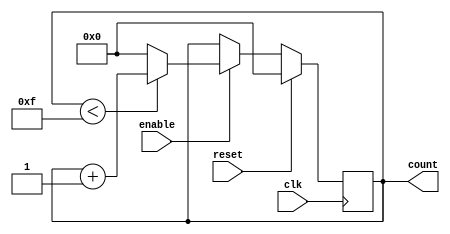
module binary_counter #(
    parameter N = 4  // Number of bits for the counter
)(
    input wire clk,          // Clock signal
    input wire reset,        // Active-high reset signal
    input wire enable,       // Enable signal for counting
    output reg [N-1:0] count // N-bit output count
);

    // Maximum count value
    localparam MAX_COUNT = (1 << N) - 1; // 2^N - 1

    // Always block for synchronous operation
    always @(posedge clk) begin
        if (reset) begin
            count <= 0; // Reset count to 0
        end else if (enable) begin
            if (count < MAX_COUNT) begin
                count <= count + 1; // Increment count
            end else begin
                count <= 0; // Wrap around to 0
            end
        end
    end

endmodule